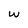
Character: W